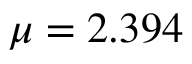
\mu = 2 . 3 9 4